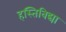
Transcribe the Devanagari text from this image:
हस्तिविद्या